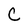
Character: C